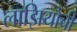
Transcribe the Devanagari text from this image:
लाझियोची